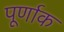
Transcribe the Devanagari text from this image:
पूर्णाक